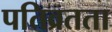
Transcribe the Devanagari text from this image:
पतिव्रतता